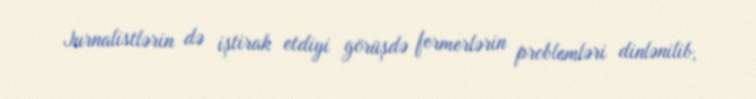
Jurnalistlərin də iştirak etdiyi görüşdə fermerlərin problemləri dinlənilib,